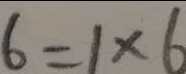
6 = 1 \times 6